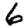
Digit: 6